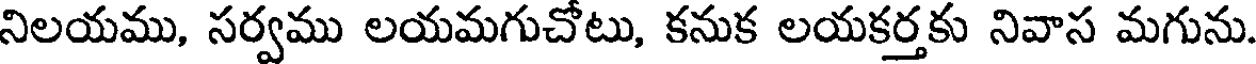
నిలయము, సర్వము లయమగుచోటు, కనుక లయకర్తకు నివాస మగును.